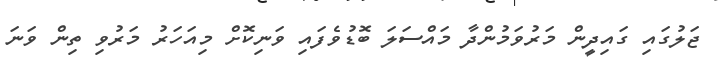
ޖަލުގައި ގައިދީން މަރުވަމުންދާ މައްސަލަ ބޮޑުވެފައި ވަނިކޮށް މިއަހަރު މަރުވި ތިން ވަނަ